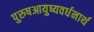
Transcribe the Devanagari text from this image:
पुरुषआयुष्यवर्धनार्थ